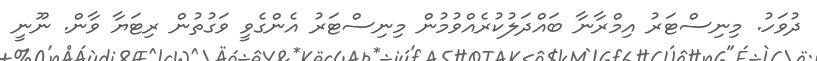
ދުވަހު. މިނިސްޓަރު އިމްރާނާ ބައްދަލުކުރެއްވުމުން މިނިސްޓަރު އެންގެވީ ވަގުތުން ރިޓަޔާ ވާން. ނޫނީ